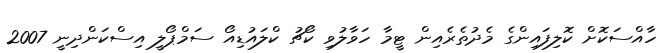
ހާއްސަކޮށް ކޮލިފައިންގެ މެދުތެރެއިން ޓީމާ ހަވާލުވި ކޯޗު ކްލައުޑިއޯ ސަމްޕޯލީ އިސްކަންދިނީ 2007